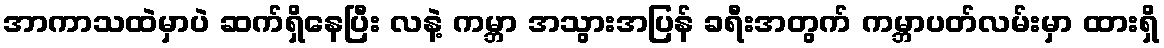
အာကာသထဲမှာပဲ ဆက်ရှိနေပြီး လနဲ့ ကမ္ဘာ အသွားအပြန် ခရီးအတွက် ကမ္ဘာပတ်လမ်းမှာ ထားရှိ